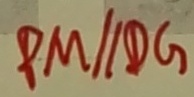
P M / / D G